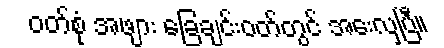
ဝတ်စုံ အဖျား ခြေချင်းဝတ်တွင် အေးလှပြီ။